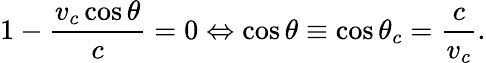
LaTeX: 1-\frac{v_{c}\cos\theta}{c}=0\Leftrightarrow\cos\theta\equiv\cos\theta_{c}=\frac{c}{v_{c}}.